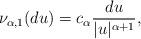
LaTeX: \begin{align*}\nu_{\alpha,1}(du) = c_{\alpha}\frac{du}{|u|^{\alpha+1}},\end{align*}